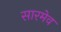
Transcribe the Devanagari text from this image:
सारमेव